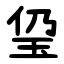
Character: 㺱